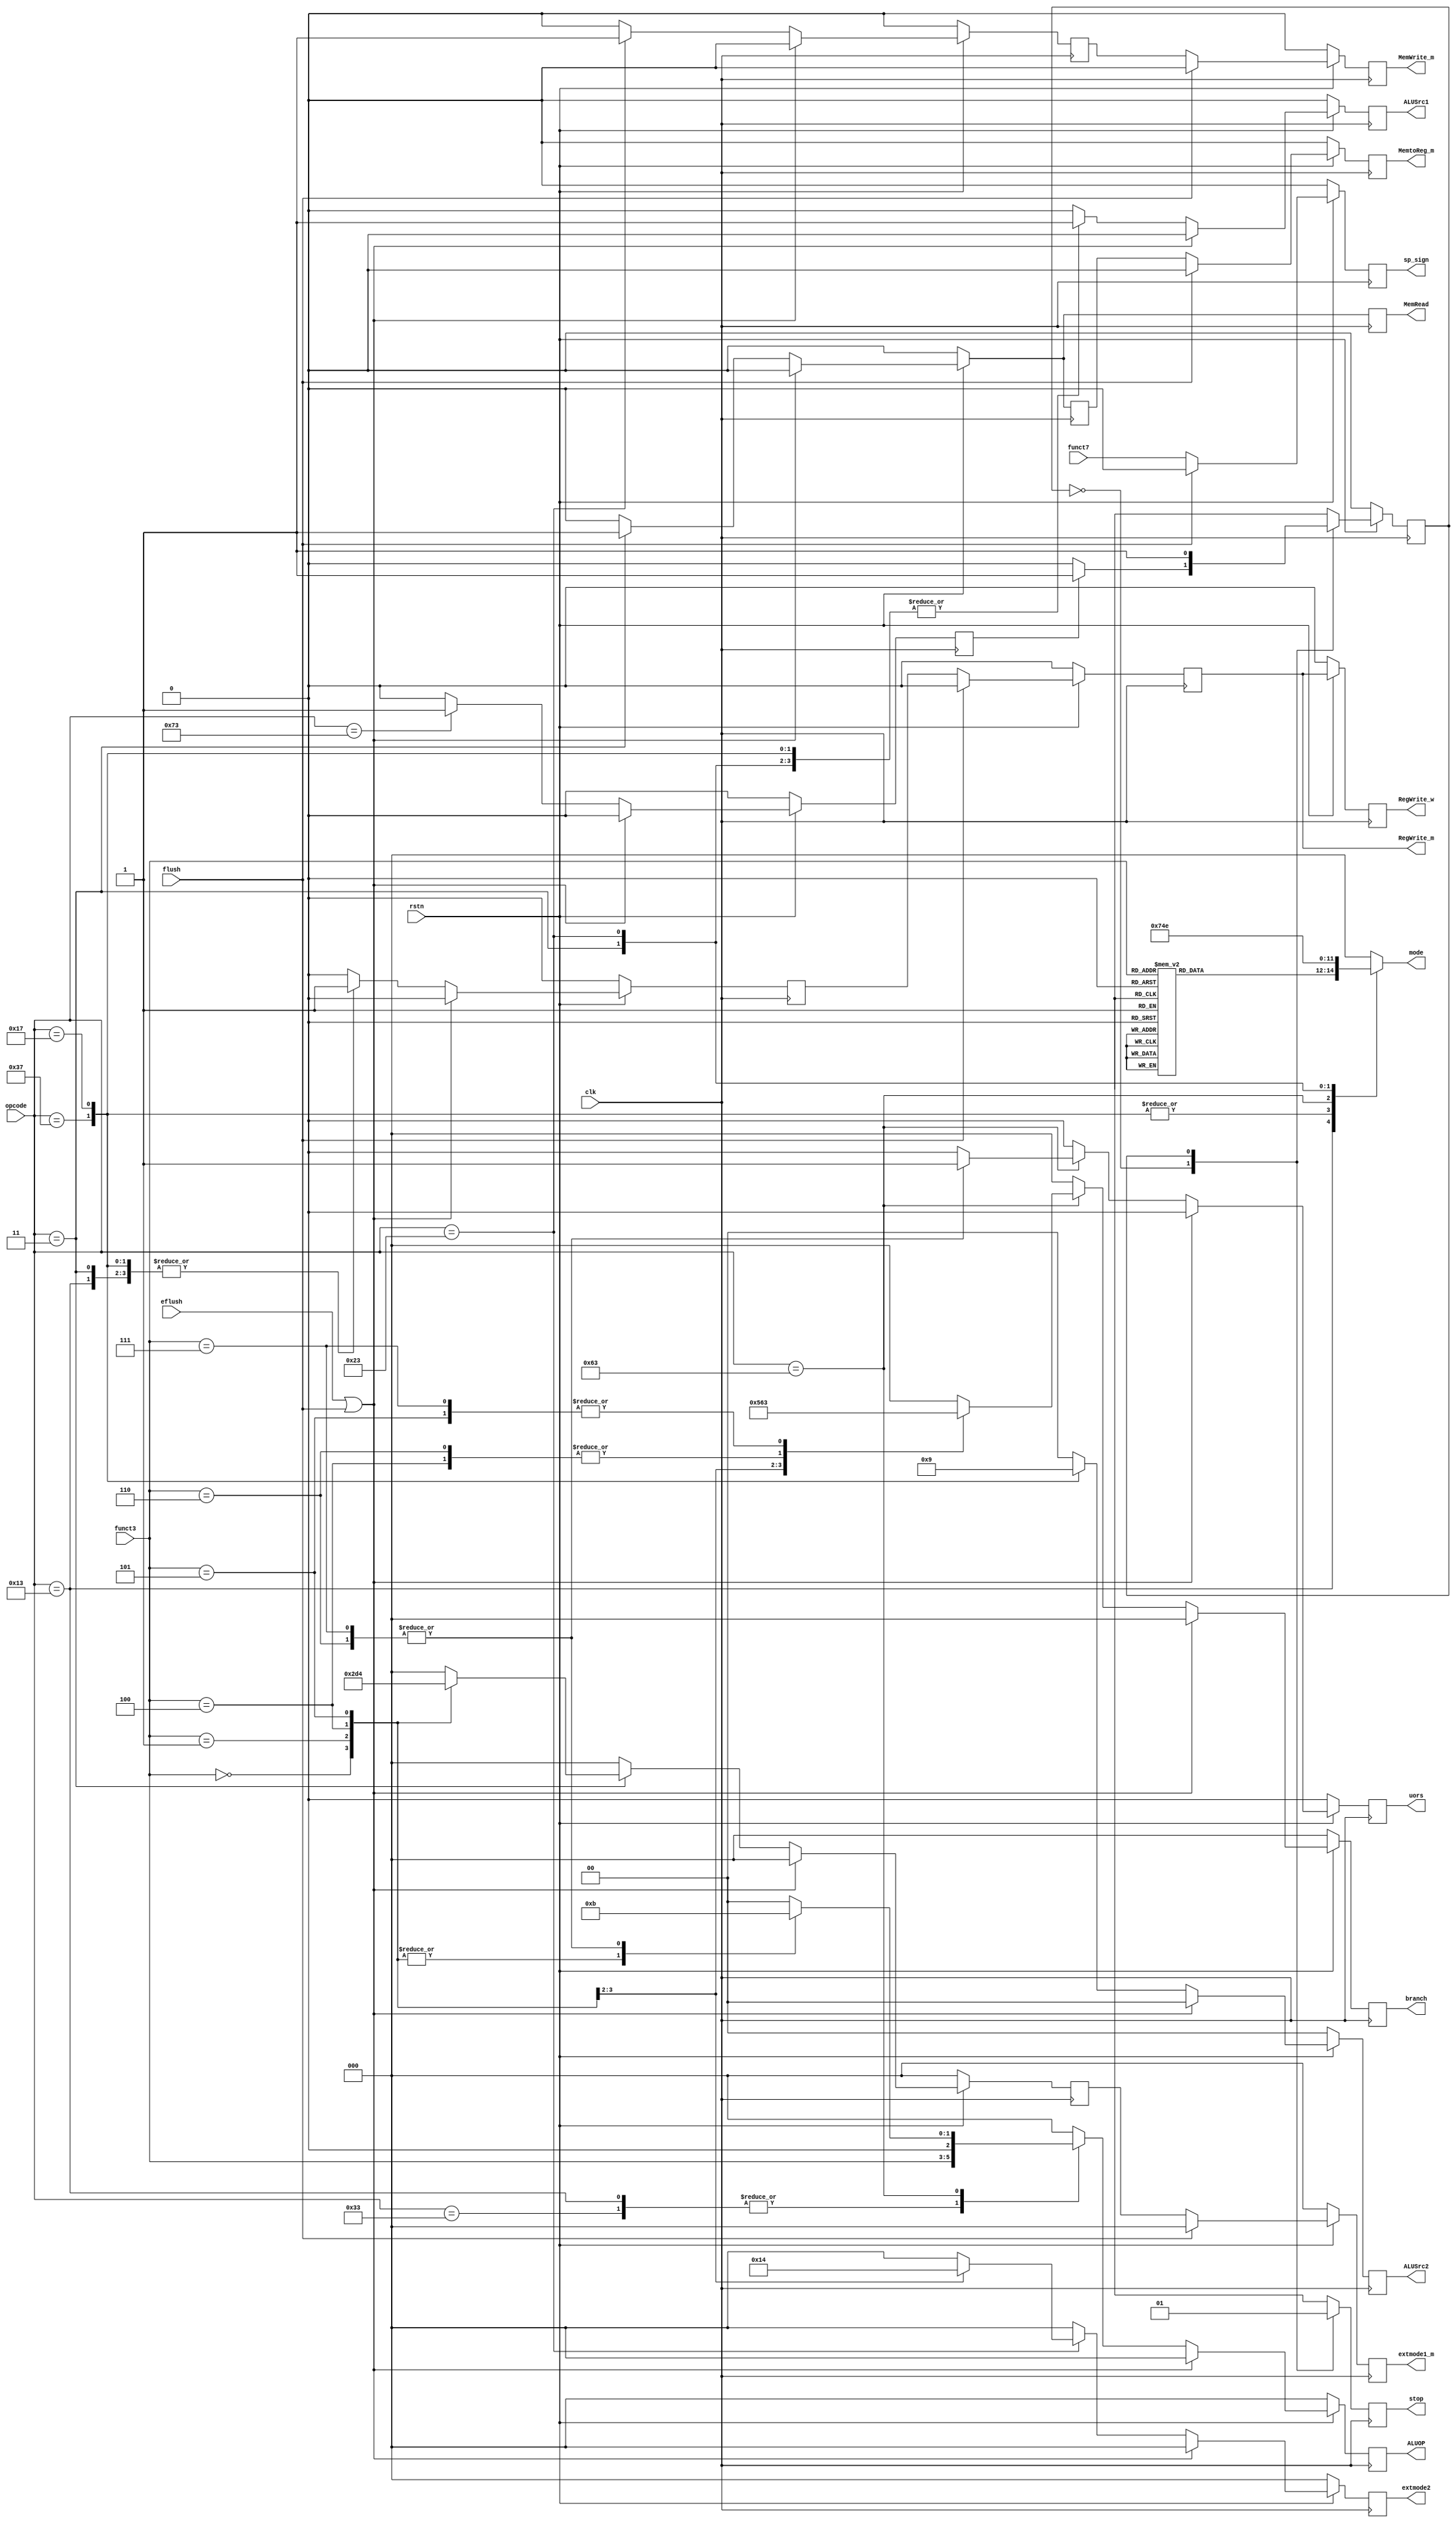
`timescale 1ns / 1ps
//////////////////////////////////////////////////////////////////////////////////
// Company: 
// Engineer: 
// 
// Design Name: 
// Module Name: Controller
// Project Name: 
// Target Devices: 
// Tool Versions: 
// Description: 
// 
// Dependencies: 
// 
// Revision:
// Revision 0.01 - File Created
// Additional Comments:
// 
//////////////////////////////////////////////////////////////////////////////////


module Controller(
    input               eflush  ,
    input               flush   ,

    input               funct7  ,
    output reg          sp_sign ,

    input [2:0]         funct3  ,
    input [6:0]         opcode  ,

    input               clk     ,
    input               rstn    ,

    output reg [2:0]    branch    ,
    output reg          MemRead   ,
    output reg          MemWrite_m  ,
    output reg          MemtoReg_m  ,
    output reg [2:0]    ALUOP     ,
    output reg          ALUSrc1   ,       // ?????
    output reg [1:0]    ALUSrc2   ,       // ?????
    output reg          uors      ,//

    output reg          RegWrite_w  ,
    output reg          RegWrite_m  ,

    output reg [2:0]    extmode1_m  ,
    output reg [2:0]    extmode2  ,
    
    output reg [2:0]    mode        ,

    output reg          stop        

    );

//opcode
    parameter ADDI_fml = 7'b0010011;
    parameter ADD_fml  = 7'b0110011;
    parameter LUI      = 7'b0110111;
    parameter AUIPC    = 7'b0010111;
    // parameter JAL      = 7'b1101111;
    // parameter JALR     = 7'b1100111;
    parameter BEQ_fml  = 7'b1100011;
    parameter LB_fml   = 7'b0000011;
    parameter SB_fml   = 7'b0100011;

    parameter ECALL = 7'b1110011;

//funct3
    parameter ADDI     = 3'b000;
    parameter SLLI     = 3'b001;
    parameter SLTI     = 3'b010;
    parameter SLTIU    = 3'b011;
    parameter XORI     = 3'b100;
    parameter SRLI     = 3'b101;
    parameter SRAI     = 3'b101;
    parameter ORI      = 3'b110;
    parameter ANDI     = 3'b111;
    
    parameter ADD      = 3'b000;
    parameter SUB      = 3'b000;
    parameter SLL      = 3'b001;
    parameter SLT      = 3'b010;
    parameter SLTU     = 3'b011;
    parameter XOR      = 3'b100;
    parameter SRL      = 3'b101;
    parameter SRA      = 3'b101;
    parameter OR       = 3'b110;
    parameter AND      = 3'b111;

    parameter BEQ      = 3'b000;
    parameter BNE      = 3'b001;
    parameter BLT      = 3'b100;
    parameter BGE      = 3'b101;
    parameter BLTU     = 3'b110;
    parameter BGEU     = 3'b111;

    parameter LB       = 3'b000;
    parameter LH       = 3'b001;
    parameter LW       = 3'b010;
    parameter LBU      = 3'b100;
    parameter LHU      = 3'b101;

    parameter SB       = 3'b000;
    parameter SH       = 3'b001;
    parameter SW       = 3'b010;
//   

    // reg [2:0]       branch      ;
    // reg             MemRead     ;
    reg             MemWrite    ;
    reg             MemtoReg    ;
    // reg [2:0]       ALUOP       ;
    // reg             ALUSrc1     ;       // ?????
    // reg [1:0]       ALUSrc2     ;       // ?????
    // reg             uors        ;//
    reg             RegWrite    ;
    reg [2:0]       extmode1    ;
    // reg [2:0]       extmode2    ;


    // reg [2 :0]      branch    ;
    // reg             MemRead   ;
    // reg             MemRead_m   ;
    // reg             MemWrite  ;
    // reg             MemWrite_m  ;
    // reg             MemtoReg  ;
    // reg             MemtoReg_m  ;
    // reg [2 :0]      ALUOP     ;
    // reg             ALUSrc1   ;
    // reg [1 :0]      ALUSrc2   ;
    // reg             uors      ;
    // reg             RegWrite  ;
    // reg             RegWrite_m  ;
    // reg             RegWrite_w  ;
    // reg [2 :0]      extmode1  ;
    // reg [2 :0]      extmode1_m  ;
    // reg [2 :0]      extmode2  ;
    // reg             sp_sign   ; 

    //stop
    reg             stop_n;    
    reg stop_state;
    reg nstop_state; 

    always @(posedge clk) begin
        if(!rstn) begin
            stop_state<=0;
        end
        else begin
            stop_state<=nstop_state;
        end
        case (stop_state)
            1'b0: stop<=0;
            1'b1: stop<=1;
        endcase
    end
    always @(*) begin
        case (stop_state)
            1'b0: begin
                if(stop_n) nstop_state=1;
                else nstop_state=0;
            end
            1'b1: nstop_state=1;
        endcase
    end

    //
    always @(*) begin
        case (opcode)
            ADDI_fml:begin
               case (funct3)
                   ADDI : mode=3'b1;
                   SLLI : mode=3'b10;
                   SLTI : mode=3'b1;
                   SLTIU: mode=3'b1;
                   XORI : mode=3'b1;
                   SRLI : mode=3'b10;
                   // SRAI : mode=3'b10;
                   ORI  : mode=3'b1;
                   ANDI : mode=3'b1;
                   default: mode=3'b0;
               endcase
            end
            ADD_fml :mode=3'b0;
            LUI     :mode=3'b11;
            AUIPC   :mode=3'b11;
            // JAL     :mode=3'b100;
            // JALR    :mode=3'b1;
            BEQ_fml :mode=3'b101;
            LB_fml  :mode=3'b1;
            SB_fml  :mode=3'b110;
            default :mode=3'b0;
        endcase
    end

    always @(posedge clk) begin
        if(!rstn) begin
            branch  <=0;
            MemRead <=0;
            MemWrite<=0;
            MemtoReg<=0;
            ALUOP   <=0;
            ALUSrc1 <=0;
            ALUSrc2 <=0;
            uors    <=0;
            RegWrite<=0;
            extmode1<=0;
            extmode2<=0;

            stop_n    <=0;
        end
        else if(eflush||flush) begin
            branch  <=0;
            MemRead <=0;
            MemWrite<=0;
            MemtoReg<=0;
            ALUOP   <=0;
            ALUSrc1 <=0;
            ALUSrc2 <=0;
            uors    <=0;
            RegWrite<=0;
            extmode1<=0;
            extmode2<=0;

            stop_n    <=0;
        end
        else begin
            //
            case (opcode)
                ADDI_fml: begin
                    branch  <=0;
                    MemRead <=0;
                    MemWrite<=0;
                    MemtoReg<=0;
                    ALUOP   <=funct3;
                    ALUSrc1 <=1'b1;
                    ALUSrc2 <=2'b0;
                    uors    <=0;
                    RegWrite<=1;
                    extmode1<=0;
                    extmode2<=0;
            
                    stop_n    <=0;
                end 
                ADD_fml: begin
                    branch  <=0;
                    MemRead <=0;
                    MemWrite<=0;
                    MemtoReg<=0;
                    ALUOP   <=funct3;
                    ALUSrc1 <=1'b0;
                    ALUSrc2 <=2'b0;
                    uors    <=0;
                    RegWrite<=1;
                    extmode1<=0;
                    extmode2<=0;
            
                    stop_n    <=0;
                end
                LUI: begin
                    branch  <=0;
                    MemRead <=0;
                    MemWrite<=0;
                    MemtoReg<=0;
                    ALUOP   <=3'b0;
                    ALUSrc1 <=1'b1;
                    ALUSrc2 <=2'b10;
                    uors    <=0;
                    RegWrite<=1;
                    extmode1<=0;
                    extmode2<=0;
            
                    stop_n    <=0;
                end
                AUIPC: begin
                    branch  <=0;
                    MemRead <=0;
                    MemWrite<=0;
                    MemtoReg<=0;
                    ALUOP   <=3'b0;
                    ALUSrc1 <=1'b1;
                    ALUSrc2 <=2'b1;
                    uors    <=0;
                    RegWrite<=1;
                    extmode1<=0;
                    extmode2<=0;
            
                    stop_n    <=0;
                end
                BEQ_fml: begin
                    MemRead <=0;
                    MemWrite<=0;
                    MemtoReg<=0;
                    case (funct3)
                        BEQ :    begin
                            ALUOP<=3'b010;
                            branch<=3'b010;
                            uors<=0;
                        end 
                        BNE :    begin
                            ALUOP<=3'b010;
                            branch<=3'b101;
                            uors<=0;
                        end 
                        BLT :    begin
                            ALUOP<=3'b010;
                            branch<=3'b100;
                            uors<=0;
                        end 
                        BGE :    begin
                            ALUOP<=3'b010;
                            branch<=3'b011;
                            uors<=0;
                        end 
                        BLTU:    begin
                            ALUOP<=3'b011;
                            branch<=3'b100;
                            uors<=1;
                        end 
                        BGEU:    begin
                            ALUOP<=3'b011;
                            branch<=3'b011;
                            uors<=1;
                        end 
                        default: begin
                            ALUOP<=3'b000;
                            branch<=3'b000;
                            uors<=0;
                        end 
                    endcase
                    ALUSrc1 <=1'b0;
                    ALUSrc2 <=2'b0;
                    RegWrite<=0;
                    extmode1<=0;
                    extmode2<=0;
            
                    stop_n    <=0;
                end
                LB_fml: begin
                    branch  <=0;
                    MemRead <=1;
                    MemWrite<=0;
                    MemtoReg<=1;
                    ALUOP   <=3'b000;
                    ALUSrc1 <=1'b1;
                    ALUSrc2 <=2'b0;
                    uors    <=0;
                    RegWrite<=1;
                    extmode2<=0;
                    case (funct3)
                        LB :        extmode1<=3'b001;
                        LH :        extmode1<=3'b011;
                        LW :        extmode1<=3'b0;
                        LBU:        extmode1<=3'b010;
                        LHU:        extmode1<=3'b100;
                        default:    extmode1<=3'b0;
                    endcase
            
                    stop_n    <=0;
                end
                SB_fml: begin
                    branch  <=0;
                    MemRead <=0;
                    MemWrite<=1;
                    MemtoReg<=0;
                    ALUOP   <=3'b000;
                    ALUSrc1 <=1'b1;
                    ALUSrc2 <=2'b0;
                    uors    <=0;
                    RegWrite<=0;
                    extmode1<=0;
                    case (funct3)
                        SB: extmode2<=3'b010;
                        SH: extmode2<=3'b100;
                        default: extmode2<=3'b000;
                    endcase
            
                    stop_n    <=0;
                end
                ECALL: begin
                    branch  <=0;
                    MemRead <=0;
                    MemWrite<=0;
                    MemtoReg<=0;
                    ALUOP   <=0;
                    ALUSrc1 <=0;
                    ALUSrc2 <=0;
                    uors    <=0;
                    RegWrite<=0;
                    extmode1<=0;
                    extmode2<=0;

                    stop_n    <=1;
                end
                default: begin          //
                    branch  <=0;
                    MemRead <=0;
                    MemWrite<=0;
                    MemtoReg<=0;
                    ALUOP   <=0;
                    ALUSrc1 <=0;
                    ALUSrc2 <=0;
                    uors    <=0;
                    RegWrite<=0;
                    extmode1<=0;
                    extmode2<=0;

                    stop_n    <=0;
                end
            endcase
        end
    end

    //ctl
    always @(posedge clk) begin
        if(!rstn) begin
            MemWrite_m  <= 0   ;
            MemtoReg_m  <= 0   ;
            RegWrite_m  <= 0   ;
            RegWrite_w  <= 0   ;
            extmode1_m  <= 0   ;
            sp_sign     <= 0   ;    
        end
        else if(flush) begin    //f,d,em
            MemWrite_m  <= 0   ;
            MemtoReg_m  <= 0   ;
            RegWrite_m  <= 0   ;
            RegWrite_w  <= RegWrite_m   ;
            extmode1_m  <= 0   ;
            sp_sign     <= 0   ;    
        end
        else begin
            // MemRead_m   <= MemRead    ;
            MemWrite_m  <= MemWrite   ;
            MemtoReg_m  <= MemtoReg   ;
            RegWrite_m  <= RegWrite   ;
            RegWrite_w  <= RegWrite_m   ;
            extmode1_m  <= extmode1   ;
            sp_sign     <= funct7       ;            
        end
    end
endmodule